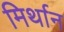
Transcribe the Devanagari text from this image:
मिर्थान